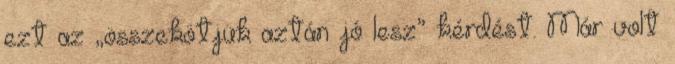
ezt az „összekötjük aztán jó lesz” kérdést. Már volt